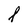
Character: l